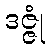
ဒဇ္ဇုံ